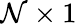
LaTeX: \mathcal{N}\times1